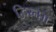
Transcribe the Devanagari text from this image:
द्विरूप्ता